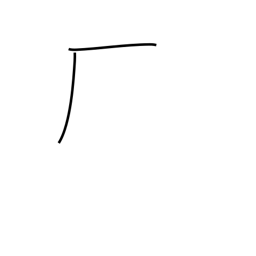
Meaning: trailing cliff radical (no. 27)